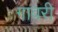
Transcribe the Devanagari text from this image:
गावरी